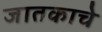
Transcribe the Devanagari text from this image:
जातकाचे